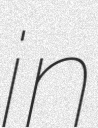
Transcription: in